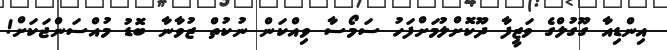
އިންޑިއާ ގޫގުލްގެ ވަޒީފާ ދޫކޮށްލުމަށްފަހު ސަމޯސާ ވިއްކަން ނުކުތް ޒުވާނާ ބޮޑު މުއްސަންޖަކަށް!